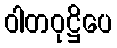
ဝါတဝုဋ္ဌိပေ